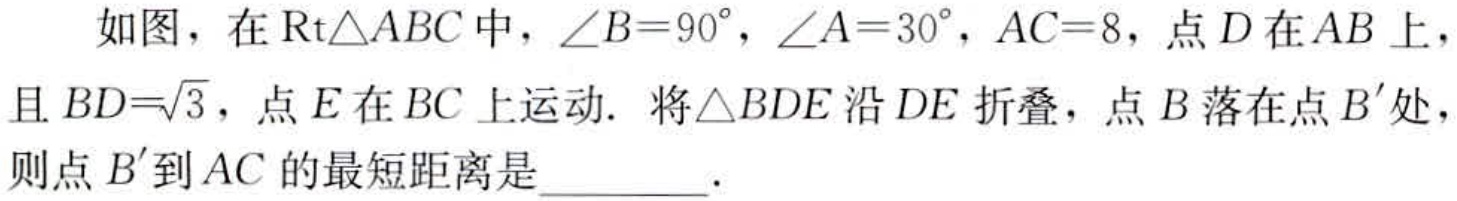
如图，在$\text{Rt}\triangle ABC$中，$\angle B = 90^{\circ}$，$\angle A = 30^{\circ}$，$AC = 8$，点$D$在$AB$上，且$BD = \sqrt{3}$，点$E$在$BC$上运动. 将$\triangle BDE$沿$DE$折叠，点$B$落在点$B'$处，则点$B'$到$AC$的最短距离是_________.